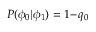
P ( \phi _ { 0 } | \phi _ { 1 } ) = 1 \! - \! q _ { 0 }